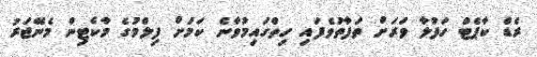
ރެޑް ކާޕެޓް ހަފުލާ ވަރަށް ތަފާތުވެފައި ހިތްގައިމުވާނެ ކަމަށް ފިލްމުގެ މާކެޓިން މެނޭޖަރު